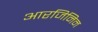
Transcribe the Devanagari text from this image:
आरजिनिन